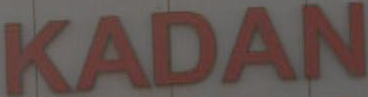
KADAN